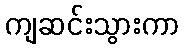
ကျဆင်းသွားကာ